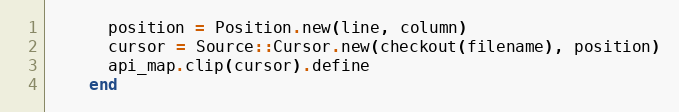
Language: Ruby
      position = Position.new(line, column)
      cursor = Source::Cursor.new(checkout(filename), position)
      api_map.clip(cursor).define
    end